Leaving Certificate, 1901
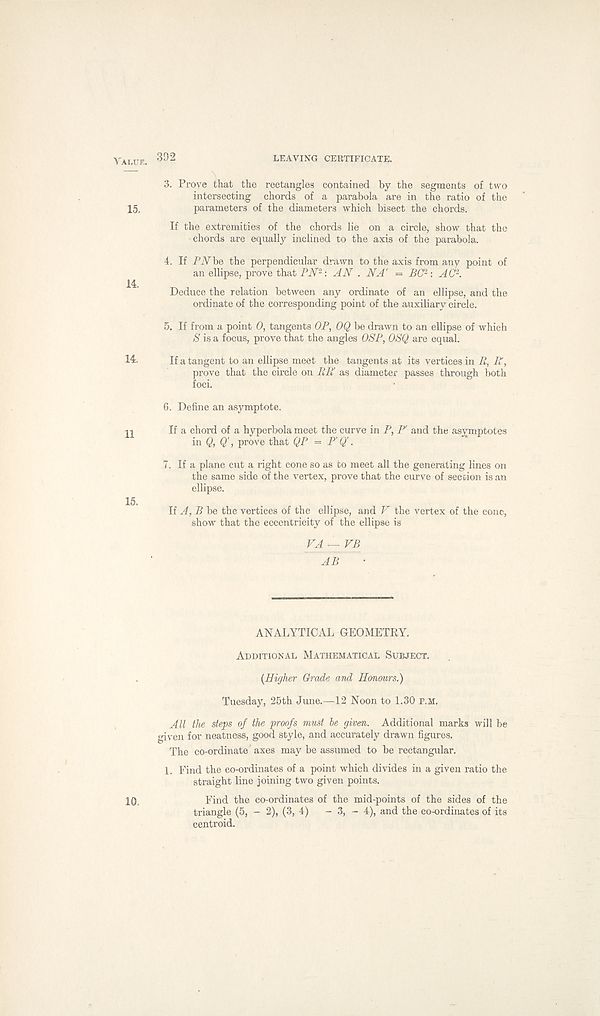
Value. 392
LEAVING CERTIFICATE.
3. Prove that the rectangles contained by the segments of two
intersecting chords of a parabola are in the ratio of the
15.
parameters of the diameters which bisect the chords.
If the extremities of the chords lie on a circle, show that the
chords are equally inclined to the axis of the parabola.
4. If PN be the perpendicular drawn to the axis from any point of
an ellipse, prove that PM-: AN . NA' = BC 2 : AC 2 .
Deduce the relation between any ordinate of an ellipse, and the
ordinate of the corresponding point of the auxiliary circle.
5. If from a point 0, tangents OP, OQ be drawn to an ellipse of which
S is a focus, prove that the angles OSP, OSQ are equal.
14,
If a tangent to an ellipse meet the tangents at its vertices in B, R,
prove that the circle on BR as diameter passes through both
foci.
6. Define an asymptote.
If a chord of a hyperbola meet the curve in P, P' and the asymptotes
in Q, Q' , prove that QP = P' Q' .
7. If a plane cut a right cone so as to meet all the generating lines on
the same side of the vertex, prove that the curve of section is an
ellipse.
15.
If A, B be the vertices of the ellipse, and V the vertex of the cone,
show that the eccentricity of the ellipse is
VA—VB
AB
ANALYTICAL GEOMETRY.
Additional Mathematical Subject.
{Higher Grade and Honours.)
Tuesday, 25th June.—12 Noon to 1.30 p.m.
All the steps of the proofs must be given. Additional marks will be
given for neatness, good style, and accurately drawn figures.
The co-ordinate axes may be assumed to be rectangular.
1. Find the co-ordinates of a point which divides in a given ratio the
straight line joining two given points.
10,
Find the co-ordinates of the mid-points of the sides of the
triangle (5, - 2), (3, 4) - 3, - 4), and the co-ordinates of its
centroid.